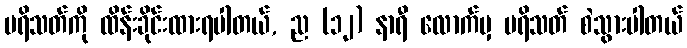
ပရိသတ်ကို ထိန်းခိုင်းထားရပါတယ်, ည (၁၂) နာရီ လောက်မှ ပရိသတ် စဲသွားပါတယ်